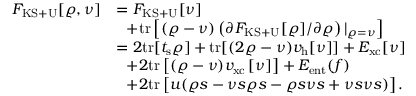
\begin{array} { r l } { { \cal F } _ { \mathrm { K S + U } } [ \varrho , \nu ] } & { = F _ { \mathrm { K S + U } } [ \nu ] } \\ & { ~ ~ + \mathrm { t r } \left[ ( \varrho - \nu ) \left( \partial F _ { \mathrm { K S + U } } [ \varrho ] / \partial \varrho \right) \vert _ { \varrho = { \nu } } \right] } \\ & { = 2 \mathrm { t r } [ t _ { \mathrm { s } } \varrho ] + \mathrm { t r } [ ( 2 \varrho - \nu ) v _ { \mathrm { h } } [ \nu ] ] + E _ { \mathrm { x c } } [ \nu ] } \\ & { ~ ~ + 2 \mathrm { t r } \left[ ( \varrho - \nu ) v _ { \mathrm { x c } } \left[ \nu \right] \right] + E _ { \mathrm { e n t } } ( f ) } \\ & { ~ ~ + 2 \mathrm { t r } \left[ u ( \varrho s - \nu s \varrho s - \varrho s \nu s + \nu s \nu s ) \right] . } \end{array}